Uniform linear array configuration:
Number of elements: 48
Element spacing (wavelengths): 1
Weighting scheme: uniform
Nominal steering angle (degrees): -30
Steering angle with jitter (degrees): -29.762
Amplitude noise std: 0.05
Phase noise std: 0.05

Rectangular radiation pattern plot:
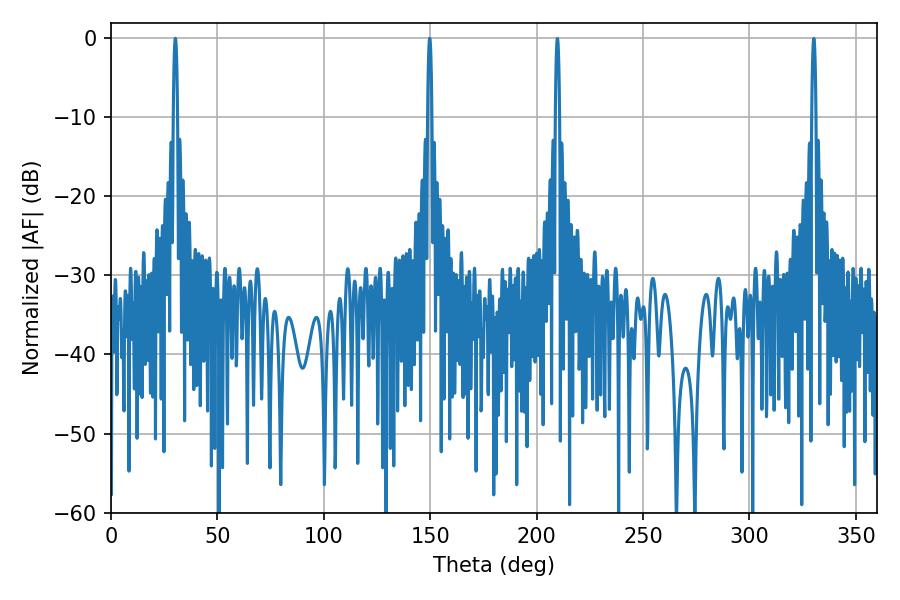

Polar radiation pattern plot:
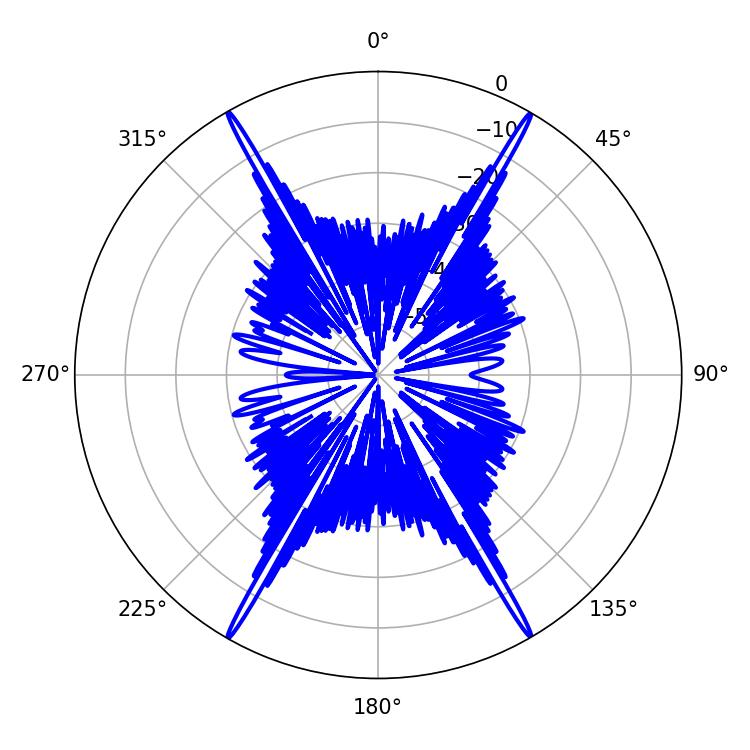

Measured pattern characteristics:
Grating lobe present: TRUE
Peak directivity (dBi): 36.336
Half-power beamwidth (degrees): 1.08
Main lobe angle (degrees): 30.24